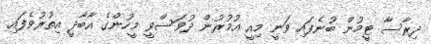
ދިރާސާ ޓީމުން ބުނެފައި ވަނީ މިއީ އުމުރުން ދުވަސްވީ މީހުންގެ އާބާދީ އިތުރުވެފައި